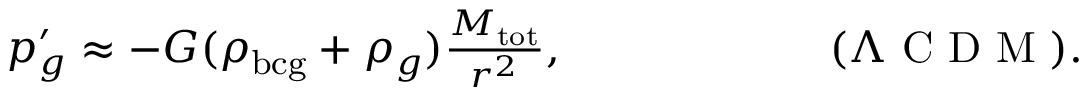
\begin{array} { r } { p _ { g } ^ { \prime } \approx - G ( \rho _ { \mathrm { b c g } } + \rho _ { g } ) \frac { M _ { \mathrm { t o t } } } { r ^ { 2 } } , \qquad \qquad \qquad ( \Lambda \mathrm { ~ C ~ D ~ M ~ } ) . } \end{array}